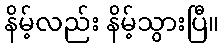
နိမ့်လည်း နိမ့်သွားပြီ။